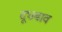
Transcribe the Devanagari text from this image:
दूधबाव